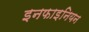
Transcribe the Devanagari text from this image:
इनफाइनियन